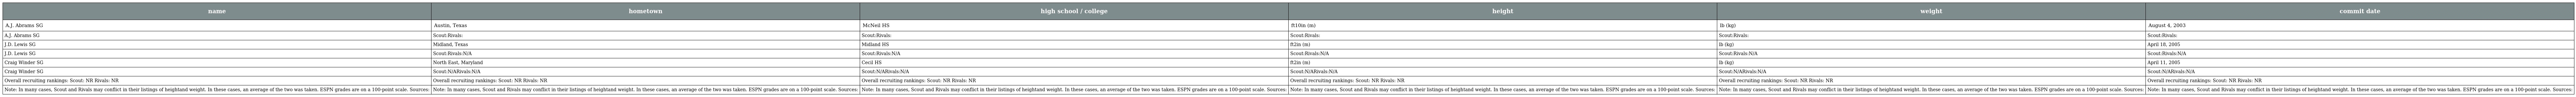
| name | hometown | high school / college | height | weight | commit date |
 | --- | --- | --- | --- | --- | --- |
 | A.J. Abrams SG | Austin, Texas | McNeil HS | ft10in (m) | lb (kg) | August 4, 2003 |
 | A.J. Abrams SG | Scout:Rivals: | Scout:Rivals: | Scout:Rivals: | Scout:Rivals: | Scout:Rivals: |
 | J.D. Lewis SG | Midland, Texas | Midland HS | ft2in (m) | lb (kg) | April 18, 2005 |
 | J.D. Lewis SG | Scout:Rivals:N/A | Scout:Rivals:N/A | Scout:Rivals:N/A | Scout:Rivals:N/A | Scout:Rivals:N/A |
 | Craig Winder SG | North East, Maryland | Cecil HS | ft2in (m) | lb (kg) | April 11, 2005 |
 | Craig Winder SG | Scout:N/ARivals:N/A | Scout:N/ARivals:N/A | Scout:N/ARivals:N/A | Scout:N/ARivals:N/A | Scout:N/ARivals:N/A |
 | Overall recruiting rankings: Scout: NR Rivals: NR | Overall recruiting rankings: Scout: NR Rivals: NR | Overall recruiting rankings: Scout: NR Rivals: NR | Overall recruiting rankings: Scout: NR Rivals: NR | Overall recruiting rankings: Scout: NR Rivals: NR | Overall recruiting rankings: Scout: NR Rivals: NR |
 | Note: In many cases, Scout and Rivals may conflict in their listings of heightand weight. In these cases, an average of the two was taken. ESPN grades are on a 100-point scale. Sources: | Note: In many cases, Scout and Rivals may conflict in their listings of heightand weight. In these cases, an average of the two was taken. ESPN grades are on a 100-point scale. Sources: | Note: In many cases, Scout and Rivals may conflict in their listings of heightand weight. In these cases, an average of the two was taken. ESPN grades are on a 100-point scale. Sources: | Note: In many cases, Scout and Rivals may conflict in their listings of heightand weight. In these cases, an average of the two was taken. ESPN grades are on a 100-point scale. Sources: | Note: In many cases, Scout and Rivals may conflict in their listings of heightand weight. In these cases, an average of the two was taken. ESPN grades are on a 100-point scale. Sources: | Note: In many cases, Scout and Rivals may conflict in their listings of heightand weight. In these cases, an average of the two was taken. ESPN grades are on a 100-point scale. Sources: |